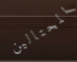
المحتالين